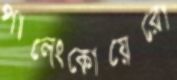
পালেংকোয়েরো